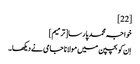
[22]
خواجہ محمد پارسا[ترمیم]
اِن کو بچپن میں مولانا جامی نے دیکھا۔